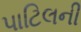
પાટિલની